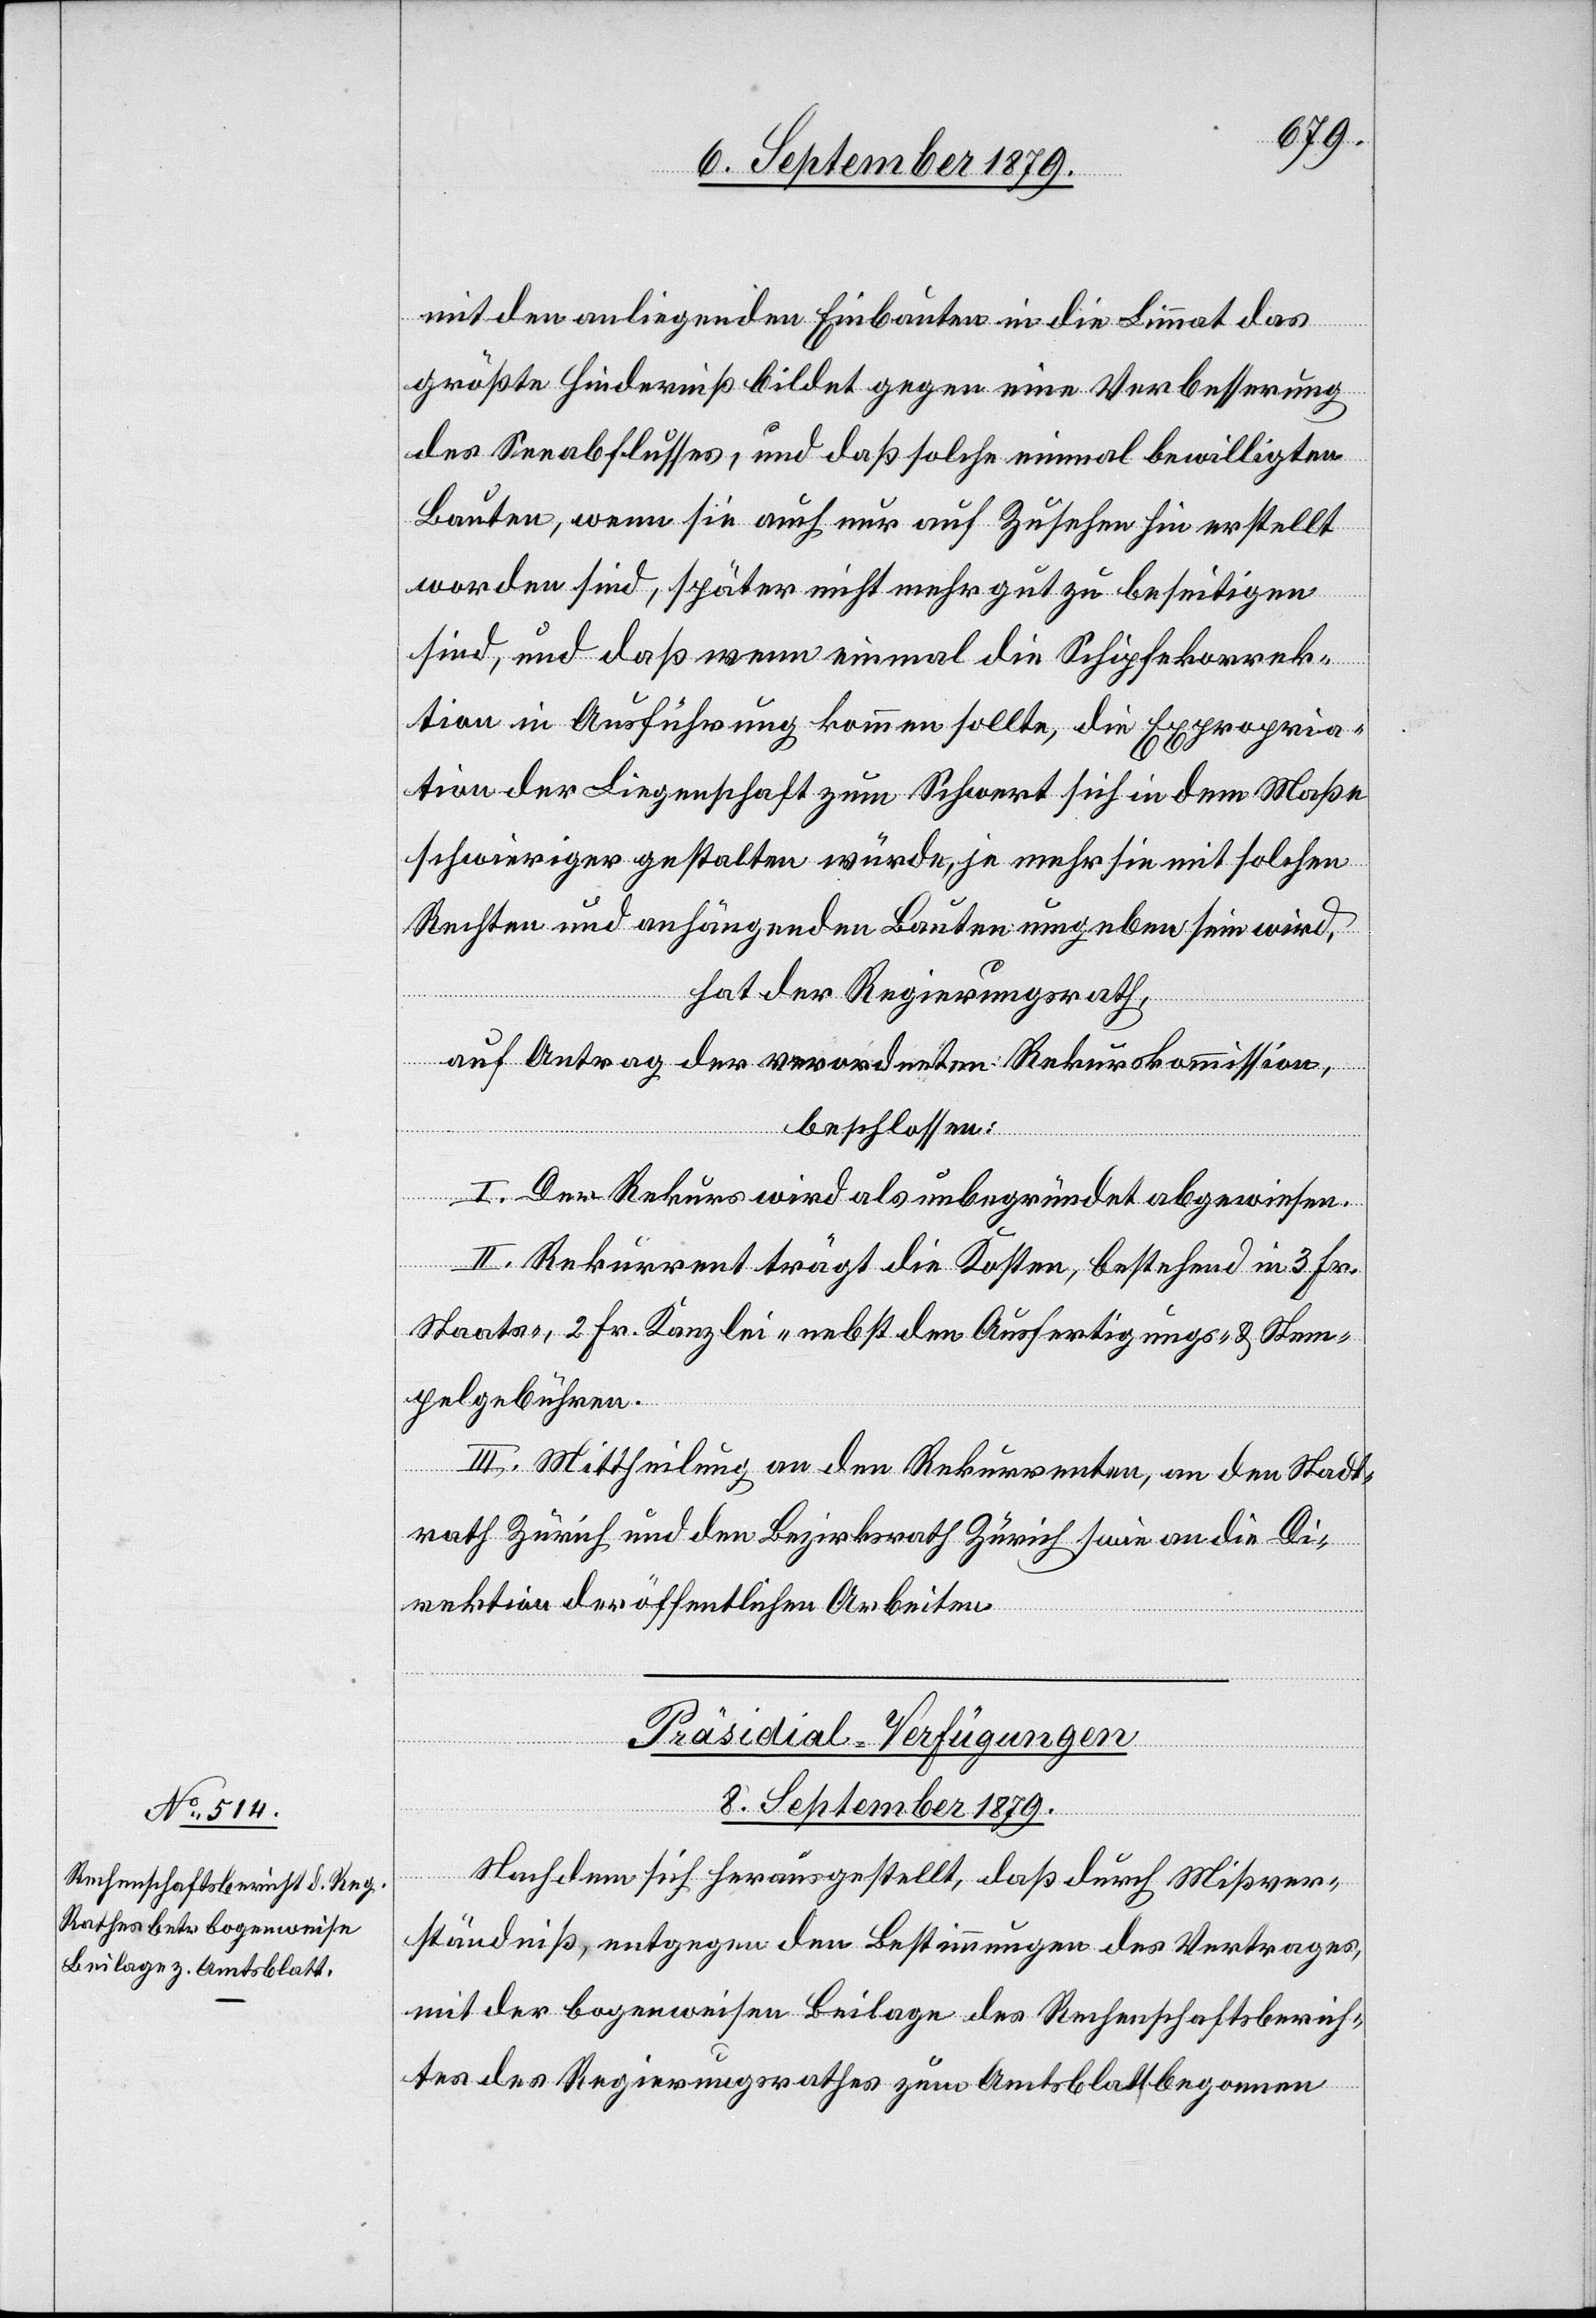
mit den anliegenden Einbauten in die Limmat das
größte Hinderniß bildet gegen eine Verbesserung
des Seeabflusses, und daß solche einmal bewilligten
Bauten, wenn sie auch nur auf Zusehen hin erstellt
worden sind, später nicht mehr gut zu beseitigen
sind, und daß wenn einmal die Schipfekorrek¬
tion in Ausführung kommen sollte, die Expropria¬
tion der Liegenschaft zum Schwert sich in dem Maße
schwieriger gestalten würde, je mehr sie mit solchen
Rechten und anhängenden Bauten umgeben sein wird,
hat der Regierungsrath,
auf Antrag der verordneten Rekurskommission,
beschlossen:
I. Der Rekurs wird als unbegründet abgewiesen.
II. Rekurrent trägt die Kosten, bestehend in 3 Fr.
Staats-, 2 Fr. Kanzlei- nebst den Ausfertigungs- und Stem¬
pelgebühren.
III. Mittheilung an den Rekurrenten, an den Stadt¬
rath Zürich und den Bezirksrath Zürich s[o]wie an die Di¬
rektion der öffentlichen Arbeiten.
Präsidial-Verfügungen
8. September 1879.
Nachdem sich herausgestellt, daß durch Mißver¬
ständniß, entgegen den Bestimmungen des Vertrages,
mit der bogenweisen Beilage des Rechenschaftsberich¬
tes des Regierungsrathes zum Amtsblatt begonnen